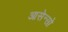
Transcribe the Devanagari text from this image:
आसेन्सो